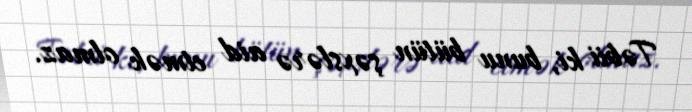
Təbii ki, bunu bütün şəxslərə aid etmək olmaz.